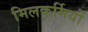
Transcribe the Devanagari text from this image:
मिलकर्मियों